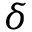
\delta